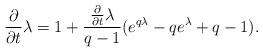
LaTeX: \begin{align*}\frac{\partial}{\partial t}\lambda=1+\frac{\frac{\partial}{\partial t}\lambda}{q-1}(e^{q\lambda}-qe^{\lambda}+q-1).\end{align*}